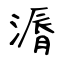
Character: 漘